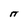
Character: n